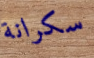
سكرانة